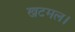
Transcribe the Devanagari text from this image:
खटमल।